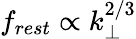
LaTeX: f_{rest}\propto k_{\perp}^{2/3}